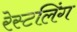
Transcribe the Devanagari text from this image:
रेस्टलिंग